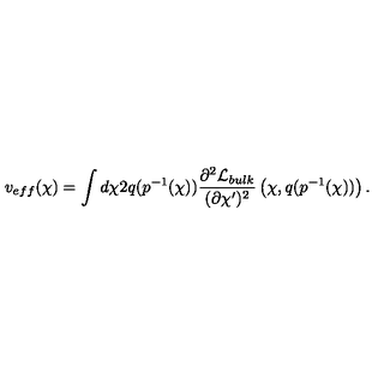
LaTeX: v _ { e f f } ( \chi ) = \int d \chi 2 q ( p ^ { - 1 } ( \chi ) ) \frac { \partial ^ { 2 } { \cal L } _ { b u l k } } { ( \partial \chi ^ { \prime } ) ^ { 2 } } \left( \chi , q ( p ^ { - 1 } ( \chi ) ) \right) .